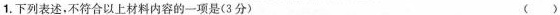
1.下列表述，不符合以上材料内容的一项是(3分) ()